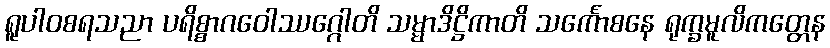
ရူပါဝစရသညာ ပရိစ္စာဂဝေါဿဂ္ဂေါတိ သမ္မာဒိဋ္ဌိကာတိ သင်္ကောစနေ ရုက္ခမူလိကတ္တေန